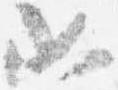
如